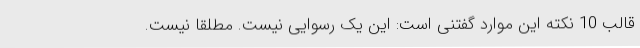
قالب 10 نکته این موارد گفتنی است: این یک رسوایی نیست. مطلقاً نیست.